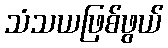
သံသယဖြစ်ဖွယ်